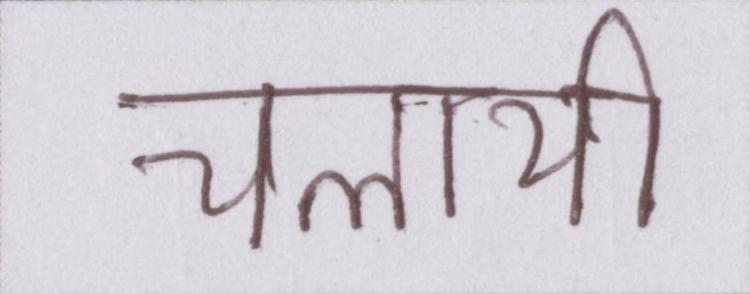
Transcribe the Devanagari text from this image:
चलायी